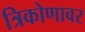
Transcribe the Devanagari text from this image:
त्रिकोणावर